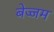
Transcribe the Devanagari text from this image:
बेज्जम